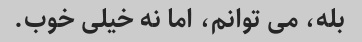
بله، می توانم، اما نه خیلی خوب.